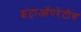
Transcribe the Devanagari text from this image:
इंट्राऑपरेटीव